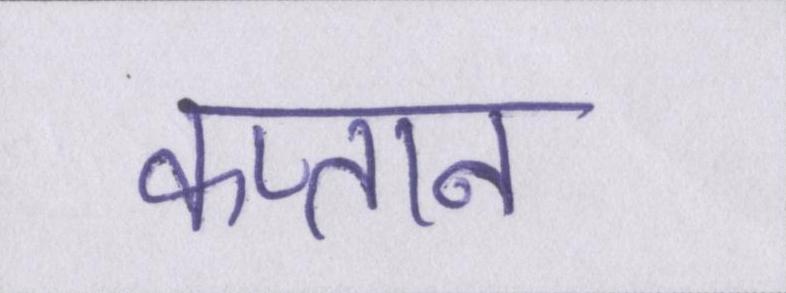
कप्तान